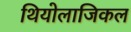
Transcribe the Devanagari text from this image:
थियोलाजिकल